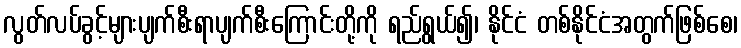
လွတ်လပ်ခွင့်များပျက်စီးရာပျက်စီးကြောင်းတို့ကို ရည်ရွယ်၍၊ နိုင်ငံ တစ်နိုင်ငံအတွက်ဖြစ်စေ၊